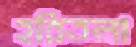
হরিতলা